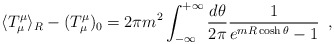
\begin{align*}\langle T^\mu_\mu \rangle_R - (T_\mu^\mu)_0 = 2\pi m^2\int_{-\infty}^{+\infty}\frac{d\theta}{2\pi}\frac{1}{e^{mR \cosh\theta} -1} \,\,\,,\end{align*}